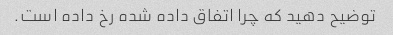
توضیح دهید که چرا اتفاق داده شده رخ داده است.